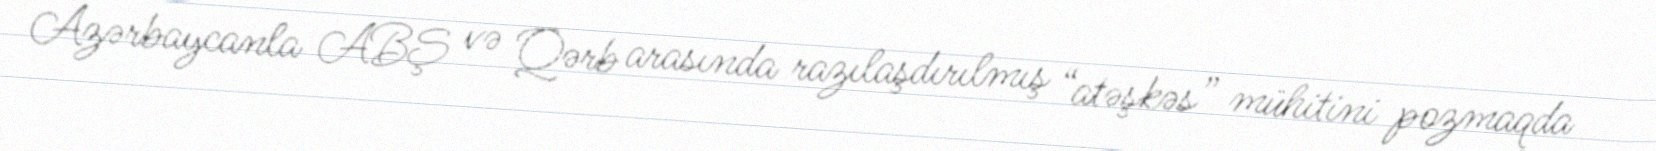
Azərbaycanla ABŞ və Qərb arasında razılaşdırılmış “atəşkəs” mühitini pozmaqda